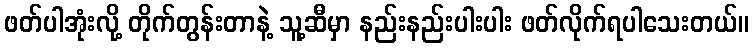
ဖတ်ပါအုံးလို့ တိုက်တွန်းတာနဲ့ သူ့ဆီမှာ နည်းနည်းပါးပါး ဖတ်လိုက်ရပါသေးတယ်။